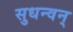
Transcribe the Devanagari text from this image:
सुधन्वन्‌